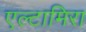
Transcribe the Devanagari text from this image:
एल्टामिरा